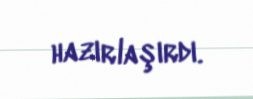
hazırlaşırdı.